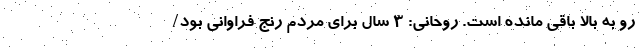
رو به بالا باقی مانده است. روحانی: 3 سال برای مردم رنج فراوانی بود/